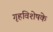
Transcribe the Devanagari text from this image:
गृहविशेषके